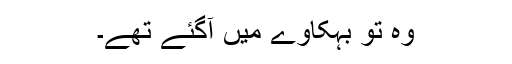
وہ تو بہکاوے میں آگئے تھے۔